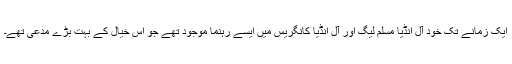
ایک زمانے تک خود آل انڈیا مسلم لیگ اور آل انڈیا کانگریس میں ایسے رہنما موجود تھے جو اس خیال کے بہت بڑے مدعی تھے۔